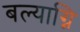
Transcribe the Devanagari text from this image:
बल्याग्नि